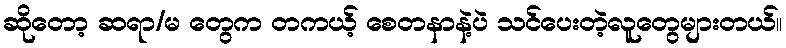
ဆိုတော့ ဆရာ/မ တွေက တကယ့် စေတနာနဲ့ပဲ သင်ပေးတဲ့လူတွေများတယ်။